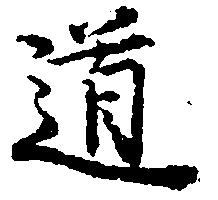
道